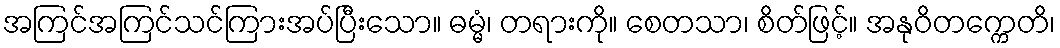
အကြင်အကြင်သင်ကြားအပ်ပြီးသော။ ဓမ္မံ၊ တရားကို။ စေတသာ၊ စိတ်ဖြင့်။ အနုဝိတက္ကေတိ၊